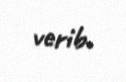
verib.